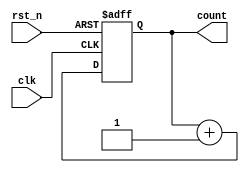
module counter #(parameter N=4) (output reg [N-1:0] count,
                                 input clk, rst_n);
                                 
    always @(posedge clk, posedge rst_n) begin
        if (rst_n) begin
            count <= 0;
        end
        else begin
            count <= count + 1;
        end
    end
endmodule

module decimal_counter #(parameter N=4) (output reg [N-1:0] count,
                                         output reg sup, inf,
                                         input clk, rst_n, load, dir,
                                         input [N-1:0] data);
                                         
    always @(posedge clk) begin
        if (~rst_n) begin
            count <= 4'd0;
            {inf, sup} <= 2'b0;
        end
        else begin
            if (load) count <= data;
            else begin
                if (~dir) begin
                    if (count < 4'd9) begin
                        count <= count + 4'd1;
                        {inf, sup} <= 2'b0;
                    end
                    else begin
                        count <= 4'd0;
                        {inf, sup} <= 2'b01;
                    end
                end
                else begin
                    if (count > 4'd0) begin
                        count <= count - 4'd1;
                        {inf, sup} <= 2'b0;
                    end
                    else begin
                        count <= 4'd9;
                        {inf, sup} <= 2'b10;
                    end
                end
            end
        end
    end
    
endmodule